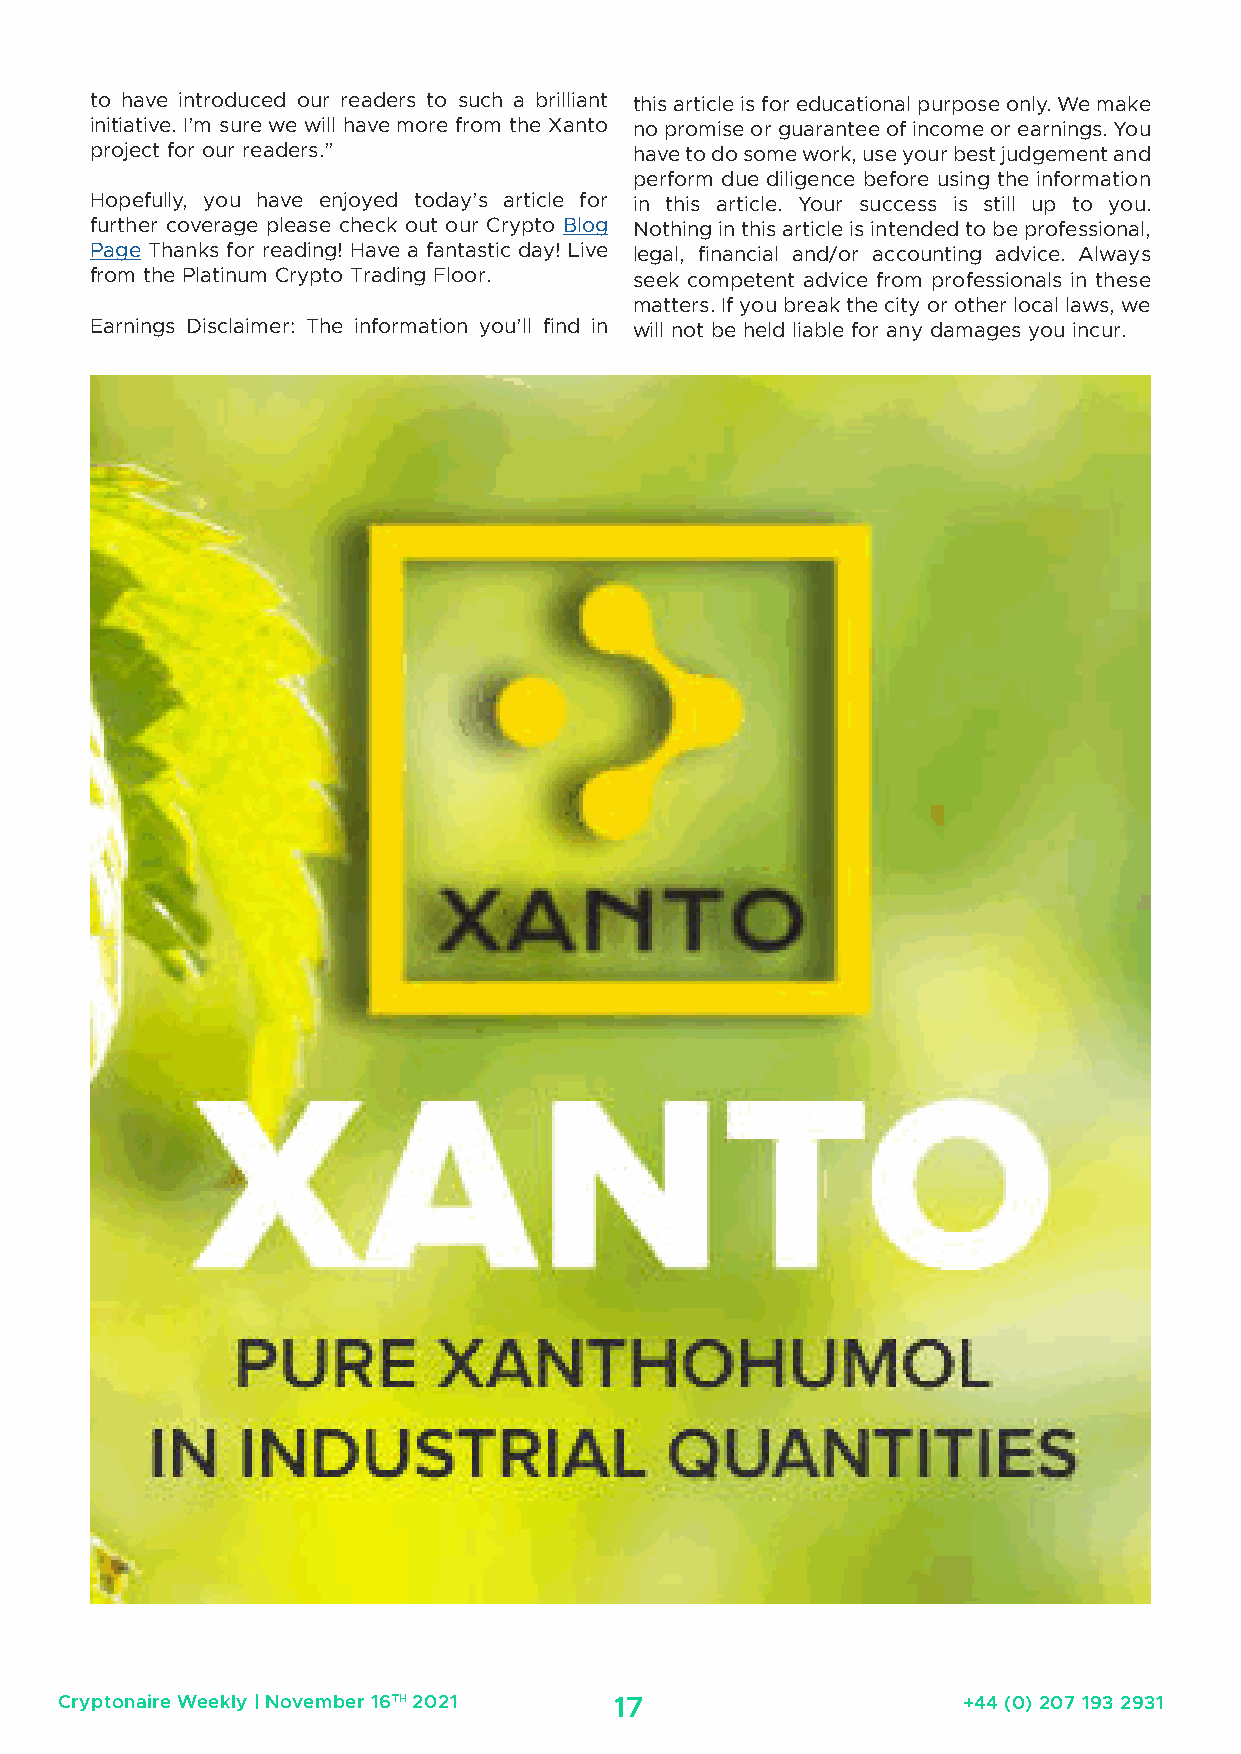
to have introduced our readers to such a brilliant this article is for educational purpose only. We make
 initiative. I’m sure we will have more from the Xanto no promise or guarantee of income or earnings. You
 project for our readers.”           have to do some work, use your best judgement and
 perform due diligence before using the information
 Hopefully, you have enjoyed today’s article for in this article. Your success is still up to you.
 further coverage please check out our Crypto Blog Nothing in this article is intended to be professional,
 Page Thanks for reading! Have a fantastic day! Live legal, financial and/or accounting advice. Always
 from the Platinum Crypto Trading Floor. seek competent advice from professionals in these
 matters. If you break the city or other local laws, we
 Earnings Disclaimer: The information you’ll find in will not be held liable for any damages you incur.
 Cryptonaire Weekly | November 16TH 2021 17                  +44 (0) 207 193 2931